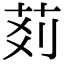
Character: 𦮓